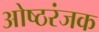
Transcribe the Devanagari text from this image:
ओष्ठरंजक